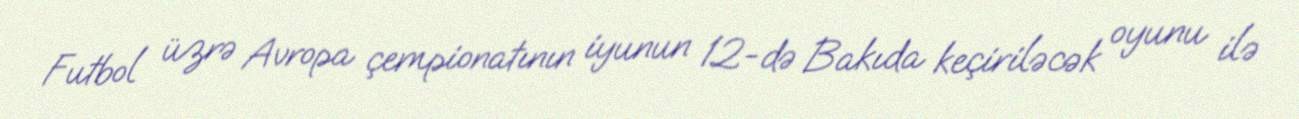
Futbol üzrə Avropa çempionatının iyunun 12-də Bakıda keçiriləcək oyunu ilə